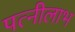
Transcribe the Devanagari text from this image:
पत्नीलाभ